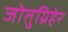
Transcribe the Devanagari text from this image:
जोतुग्रिहेर